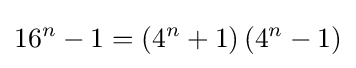
16^{n}-1=\left(4^{n}+1\right)\left(4^{n}-1\right)